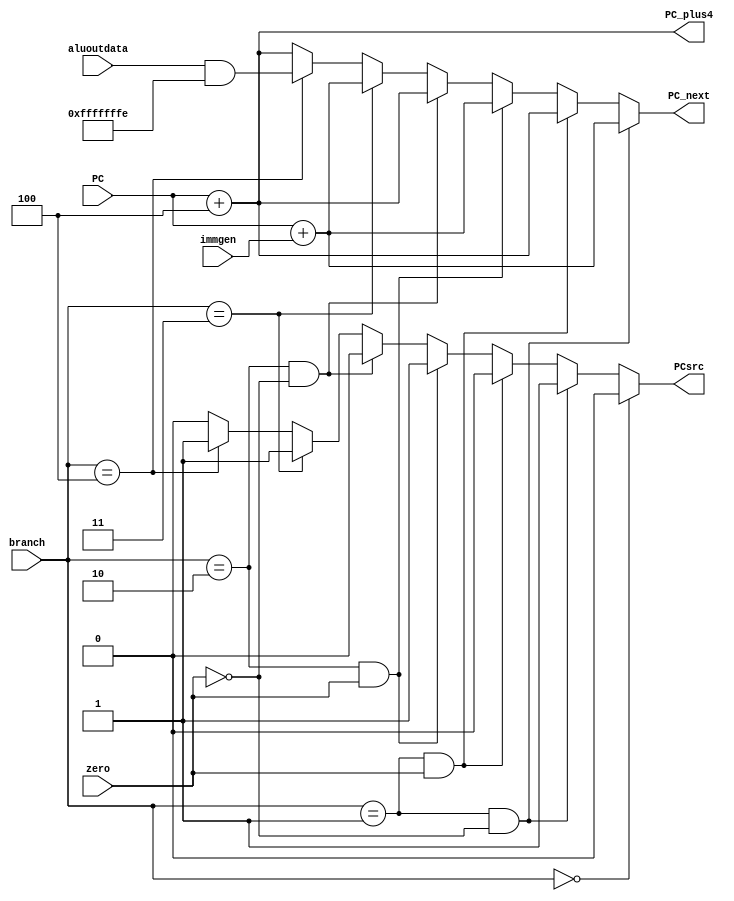
`timescale 1ns / 1ps
//////////////////////////////////////////////////////////////////////////////////
// Company: 
// Engineer: 
// 
// Design Name: 
// Module Name:    PC 
// Project Name: 
// Target Devices: 
// Tool versions: 
// Description: 
//
// Dependencies: 
//
// Revision: 
// Revision 0.01 - File Created
// Additional Comments: 
//
//////////////////////////////////////////////////////////////////////////////////
module PC(
    input [31:0] PC,
    input [31:0] immgen,
    input [2:0] branch,
    input zero,
	 input [31:0] aluoutdata,
	 output [31:0] PC_plus4,
	 output [31:0] PC_next,
    output PCsrc
    );
	 

assign PC_plus4 = PC + 32'd4;

wire [31:0] PC_branch;
assign PC_branch = PC + immgen;

assign PC_next = (branch == 3'b001 && (~zero) ) ? PC_branch : //BNE, BLT, BLTU
                 (branch == 3'b001 && zero ) ? PC_plus4 :
					  (branch == 3'b010 && zero ) ? PC_branch : // BEQ, BGE, BGEU
                 (branch == 3'b010 && (~zero) ) ? PC_plus4 : 
					  (branch == 3'b011) ?  PC_branch :  // JAL
					  (branch == 3'b100) ? (aluoutdata & 32'hFFFFFFFE) :PC_plus4; //JALR

assign PCsrc =  (branch == 3'b000) ? 1'b0 :
					  (branch == 3'b001 && (~zero) ) ? 1'b1 : //BNE, BLT, BLTU
                 (branch == 3'b001 && zero ) ? 1'b0 :
					  (branch == 3'b010 && zero ) ? 1'b1 : // BEQ, BGE, BGEU
                 (branch == 3'b010 && (~zero) ) ? 1'b0 : 
					  (branch == 3'b011) ?  1'b1 :  // JAL
					  (branch == 3'b100) ? 1'b1 : 1'b0; //JALR
endmodule